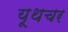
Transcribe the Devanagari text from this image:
यूथचर